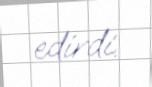
edirdi.